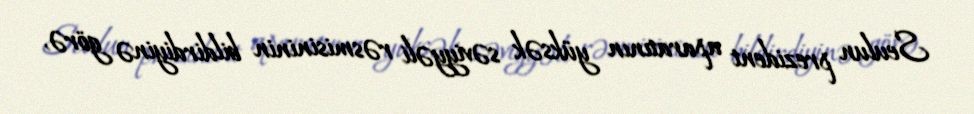
Seulun prezident aparatının yüksək səviyyəli rəsmisininin bildirdiyinə görə,